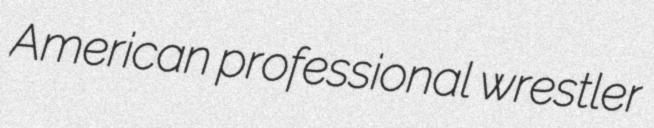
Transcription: American professional wrestler